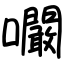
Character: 㘚